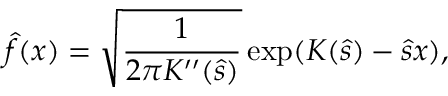
\hat { f } ( x ) = \sqrt { \frac { 1 } { 2 \pi K ^ { \prime \prime } ( \hat { s } ) } } \exp ( K ( \hat { s } ) - \hat { s } x ) ,